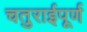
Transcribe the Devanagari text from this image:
चतुराईपूर्ण